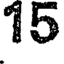
15